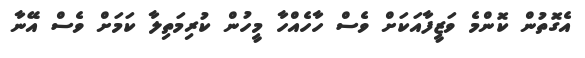
އެގޮތުން ކޮންމެ ވަޒީފާއަކަށް ވެސް ހާހެއްހާ މީހުން ކުރިމަތިލާ ކަމަށް ވެސް އޭނާ